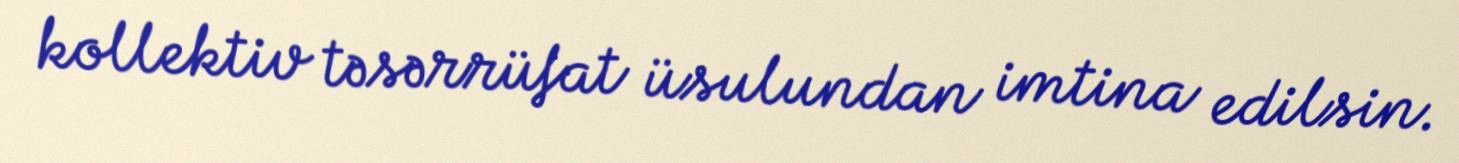
kollektiv təsərrüfat üsulundan imtina edilsin.